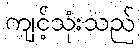
ကျင့်သုံးသည်